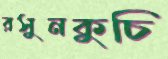
রসুনকুচি